Vao_vallavalitsus, lk 22
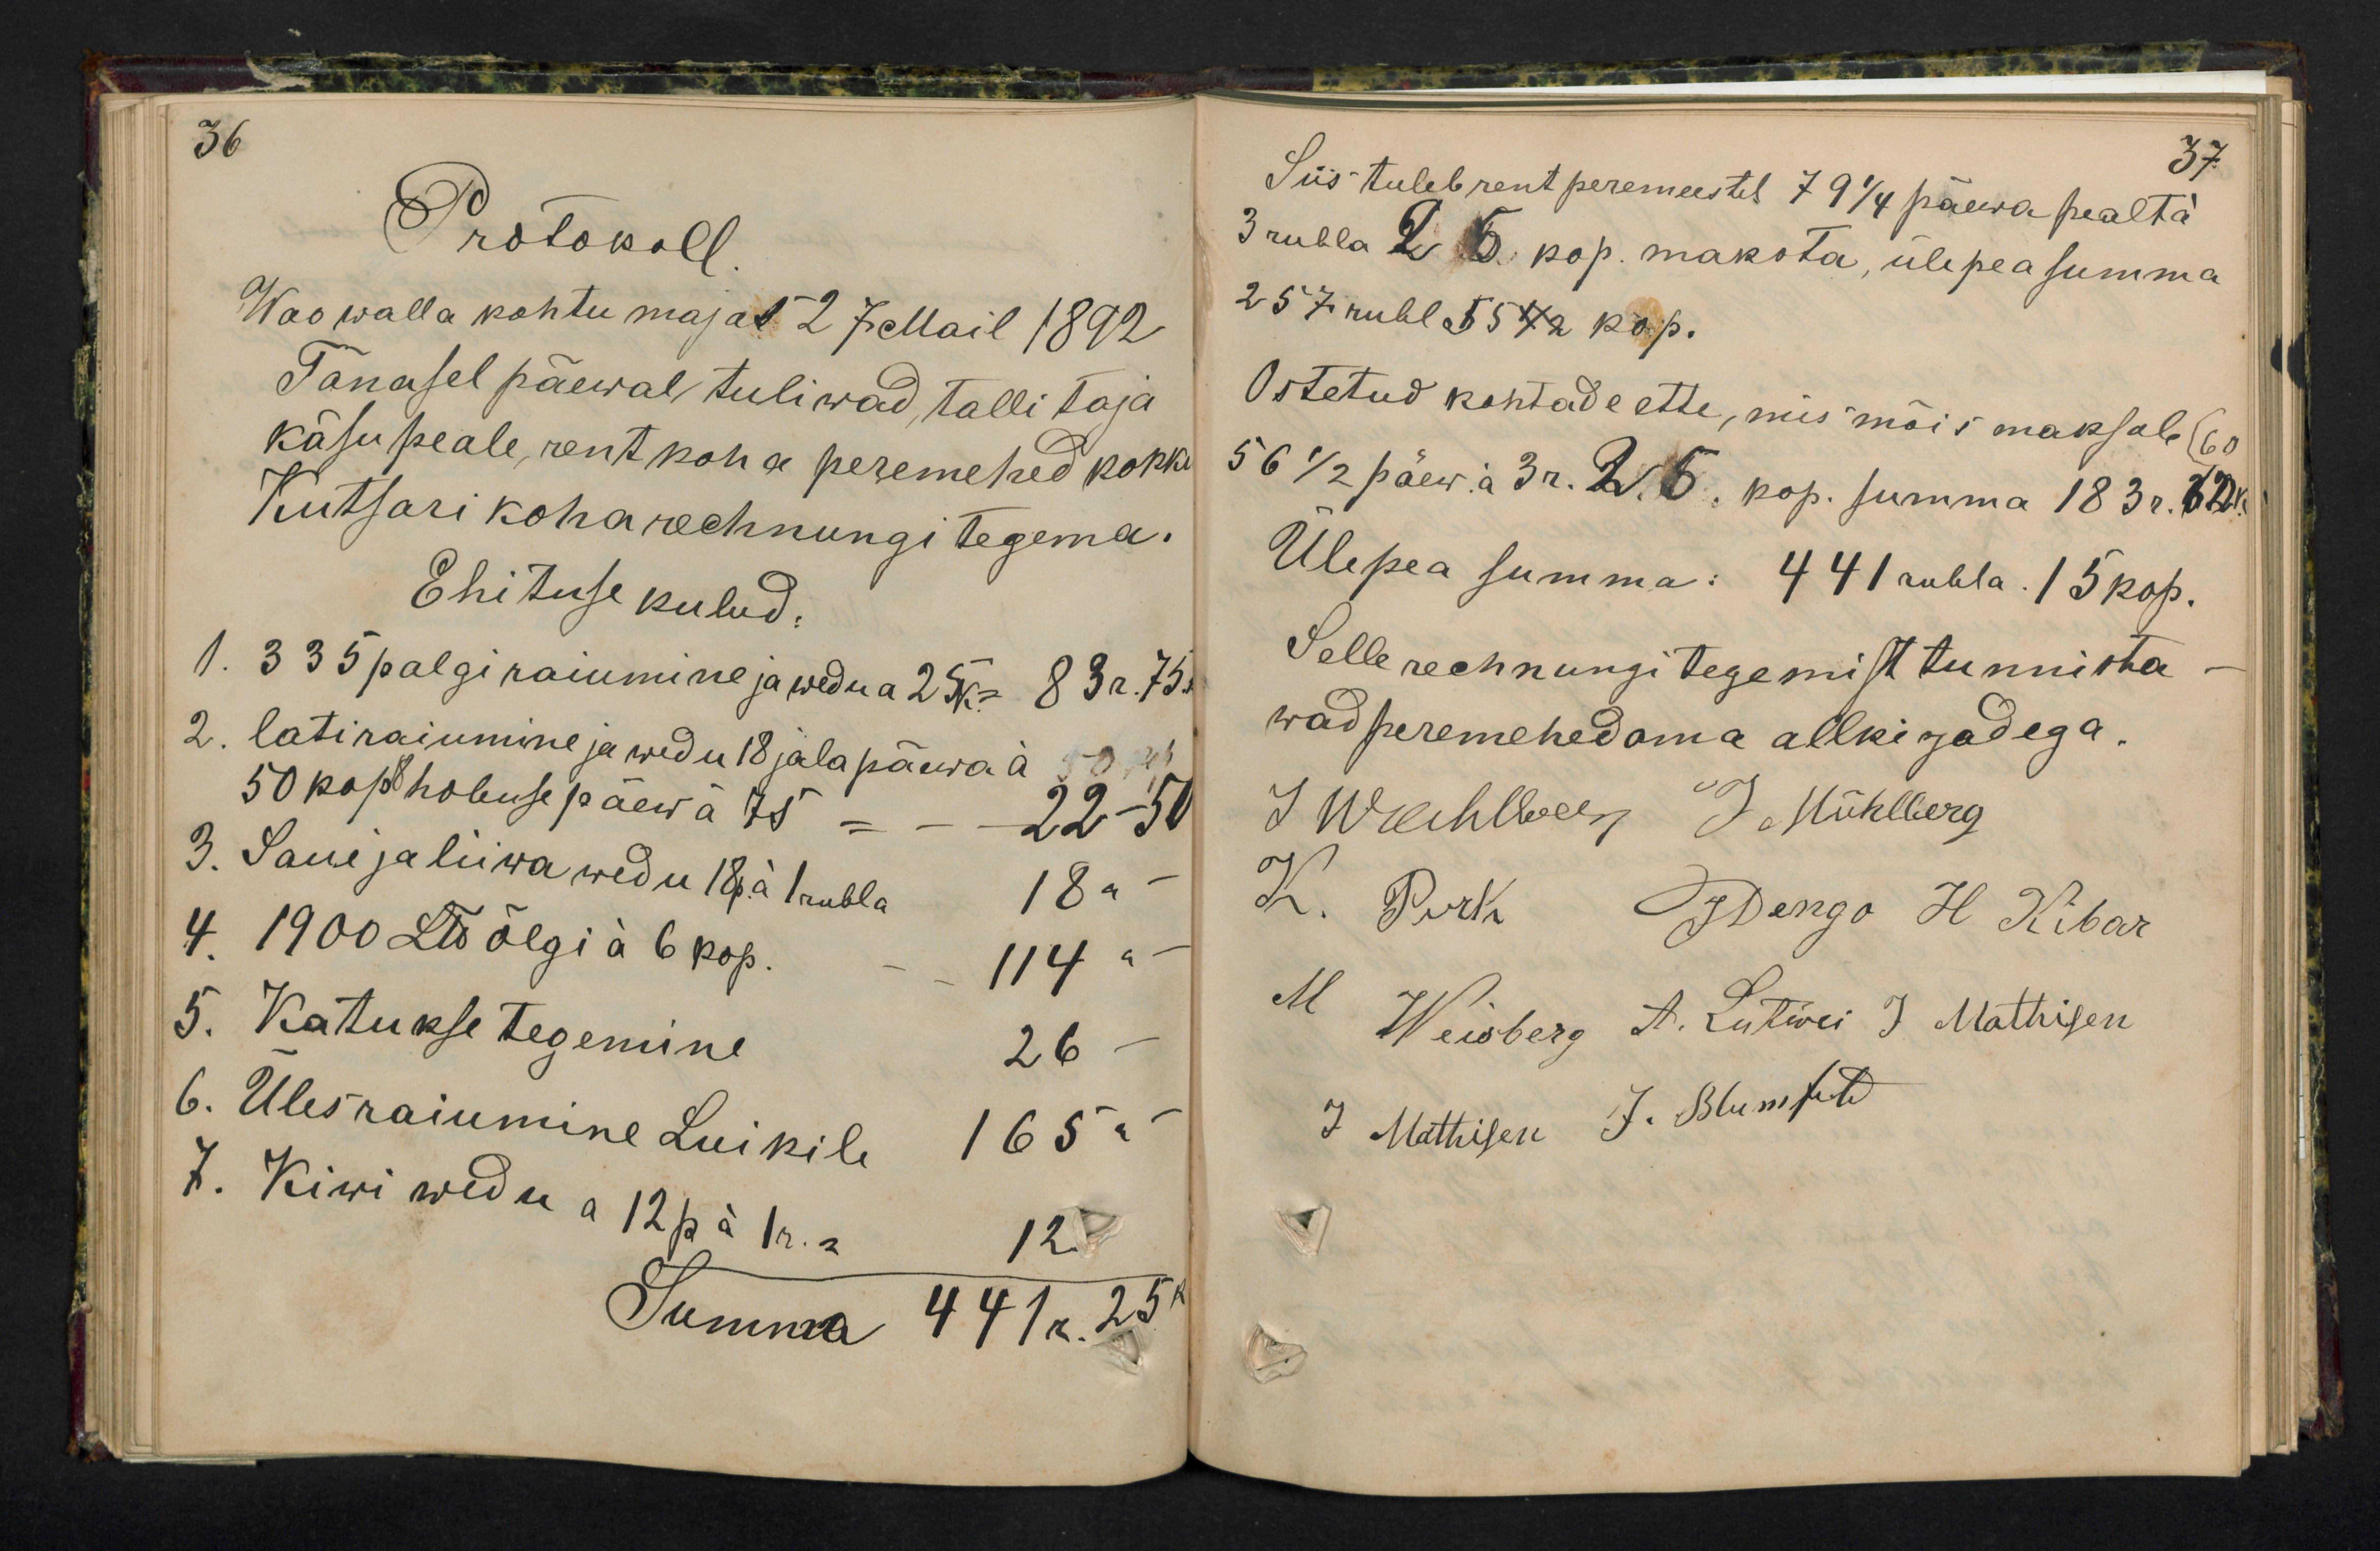
36
Protokoll
Wao walla kohtu majas 27 Mail 1892
Tänasel päewal tuliwad tallitaja
käsu peale rent koha peremehed kokku
Kutsari koha rechnungi tegema.
Ehituse kulud:
1. 335 palgi raiumine ja wedu a 25k = 83r. 75.
2. latiraiumine ja wedu 18 jalapäewa a 50 kop.
50 kop 8 hobuse päewa a 75 = 22-50
3. Saue ja liiwa wedu 18 p. a 1 rubla 18 "
4. 1900 naela õlgi a 6 kop. - - 114 "
5. Katukse tegemine 26
6. Ülesraiumine Luikile 165 "
7. Kiwi wedu a 12pä   12.
Summa 441r. 25k

37.
Siis tuleb rent peremeestel 79 1/4 päewa pealt a
3 rubla 26 kop. maksta, ülepea summa
257 rubl. 55 kop.
Ostetud kohtade ette, mis mõis maksab (60
56 1/2 päew. a 3 r. 26 kop. summa 183r. 60k
Ülepea summa: 441 rubla 15 kop.
Selle rechnungi tegemist tunnista
wad peremehed oma allkirjadega.
J Wachlberg J.Mühlberg
K. Purk J Dengo H Kibar
M Weisberg A. Lutwei J. Mathiesen
J. Mathisen J. Blumfeld